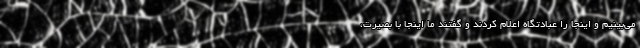
می‌بینیم و اینجا را عبادتگاه اعلام کردند و گفتند ما اینجا با بصیرت،